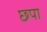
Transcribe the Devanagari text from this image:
छ्पा